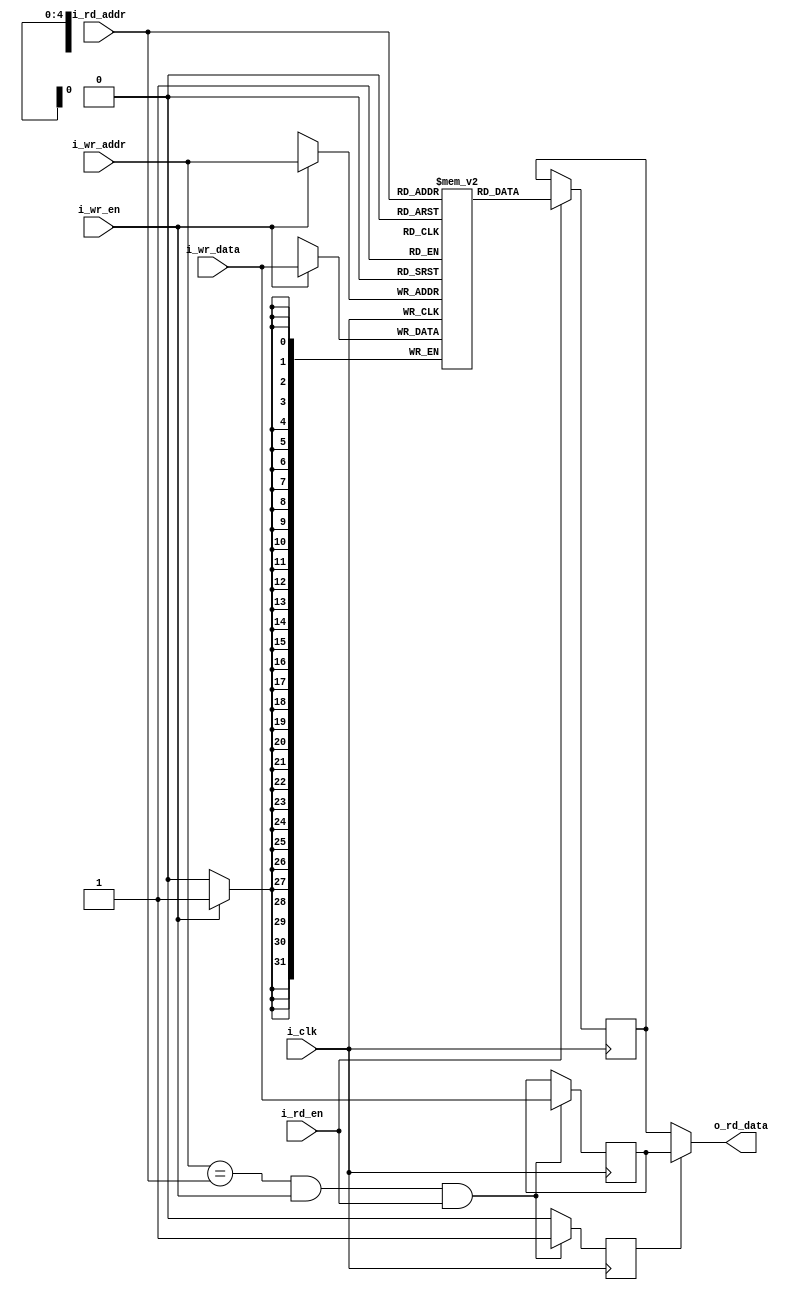
module zap_ram_simple #(
        parameter WIDTH = 32,
        parameter DEPTH = 32
)
(
        input wire                          i_clk,
        input wire                          i_wr_en,
        input wire                          i_rd_en,
        input wire [WIDTH-1:0]              i_wr_data,
        input wire[$clog2(DEPTH)-1:0]       i_wr_addr,
        input wire [$clog2(DEPTH)-1:0]      i_rd_addr,
        output reg [WIDTH-1:0]              o_rd_data
);
reg [WIDTH-1:0] mem [DEPTH-1:0];
reg [WIDTH-1:0] mem_data;
reg [WIDTH-1:0] buffer;
reg             sel;
initial
begin: blk1
        integer i;
        for(i=0;i<DEPTH;i=i+1)
                mem[i] = {WIDTH{1'd0}};
end
always @ ( posedge i_clk )
begin
        if ( i_wr_addr == i_rd_addr && i_wr_en && i_rd_en )
                sel <= 1'd1;
        else
                sel <= 1'd0;                
end
always @ ( posedge i_clk )
begin
        if ( i_wr_addr == i_rd_addr && i_wr_en && i_rd_en )
                buffer <= i_wr_data;
end
always @ (posedge i_clk)
begin
        if ( i_rd_en )
                mem_data <= mem [ i_rd_addr ];
end
always @*
begin
        if ( sel )
                o_rd_data = buffer;
        else
                o_rd_data = mem_data;
end
always @ (posedge i_clk)
begin
        if ( i_wr_en )  
                mem [ i_wr_addr ] <= i_wr_data;
end
endmodule